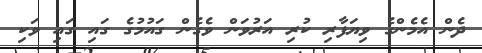
ދެން އެމެންގެ ވިޔަފާރި ކުރި އަރުވަން ވެގެން ގައުމުގެ ގައި ގައި ވަކި